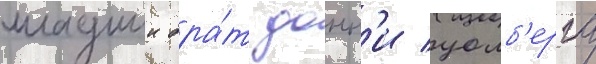
младшии бра́т донн'и уолб'ерга